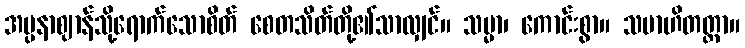
အပ္ပနာဈာန်သို့ရောက်သောစိတ် စေတသိတ်တို့၏သာလျှင်။ သမ္မာ၊ ကောင်းစွာ။ သမာဟိတတ္တာ။